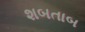
શબતાબ